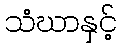
သံဃာနှင့်